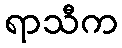
ရာသီက